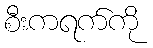
စီးကရက်ကို